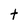
Character: t